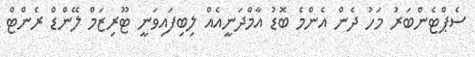
ސެޕްޓެންބަރު މަހު ދެން އެންމެ ބޮޑު އާމްދަނީއެއް ލިބިފައިވަނީ ޓޫރިޒަމް ލޭންޑް ރެންޓް